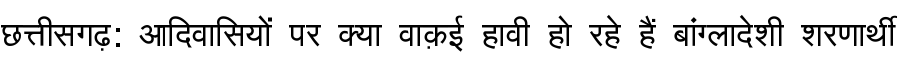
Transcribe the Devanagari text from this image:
छत्तीसगढ़: आदिवासियों पर क्या वाक़ई हावी हो रहे हैं बांग्लादेशी शरणार्थी